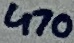
Text: 470